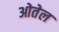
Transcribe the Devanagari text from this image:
ओतेल